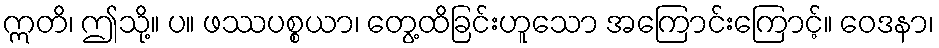
ဣတိ၊ ဤသို့။ ပ။ ဖဿပစ္စယာ၊ တွေ့ထိခြင်းဟူသော အကြောင်းကြောင့်။ ဝေဒနာ၊